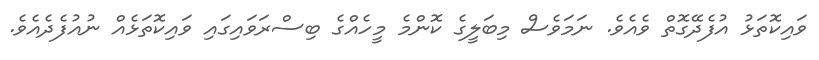
ވައިކޮތަޅު އުފެދޭގޮތް ވެއެވެ. ނަމަވެސް މިބަލީގެ ކޮންމެ މީހެއްގެ ބިސްރަވައިގައި ވައިކޮތަޅެއް ނުއުފެދެއެވެ.